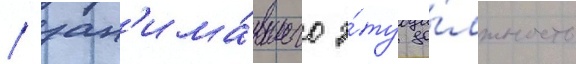
/ зан'има́вшего э́ту до́лжность